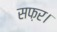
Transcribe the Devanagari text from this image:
सफ़र।